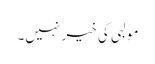
مولبی کی خیر نہیں۔